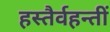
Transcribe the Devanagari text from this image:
हस्तैर्वहन्तीं